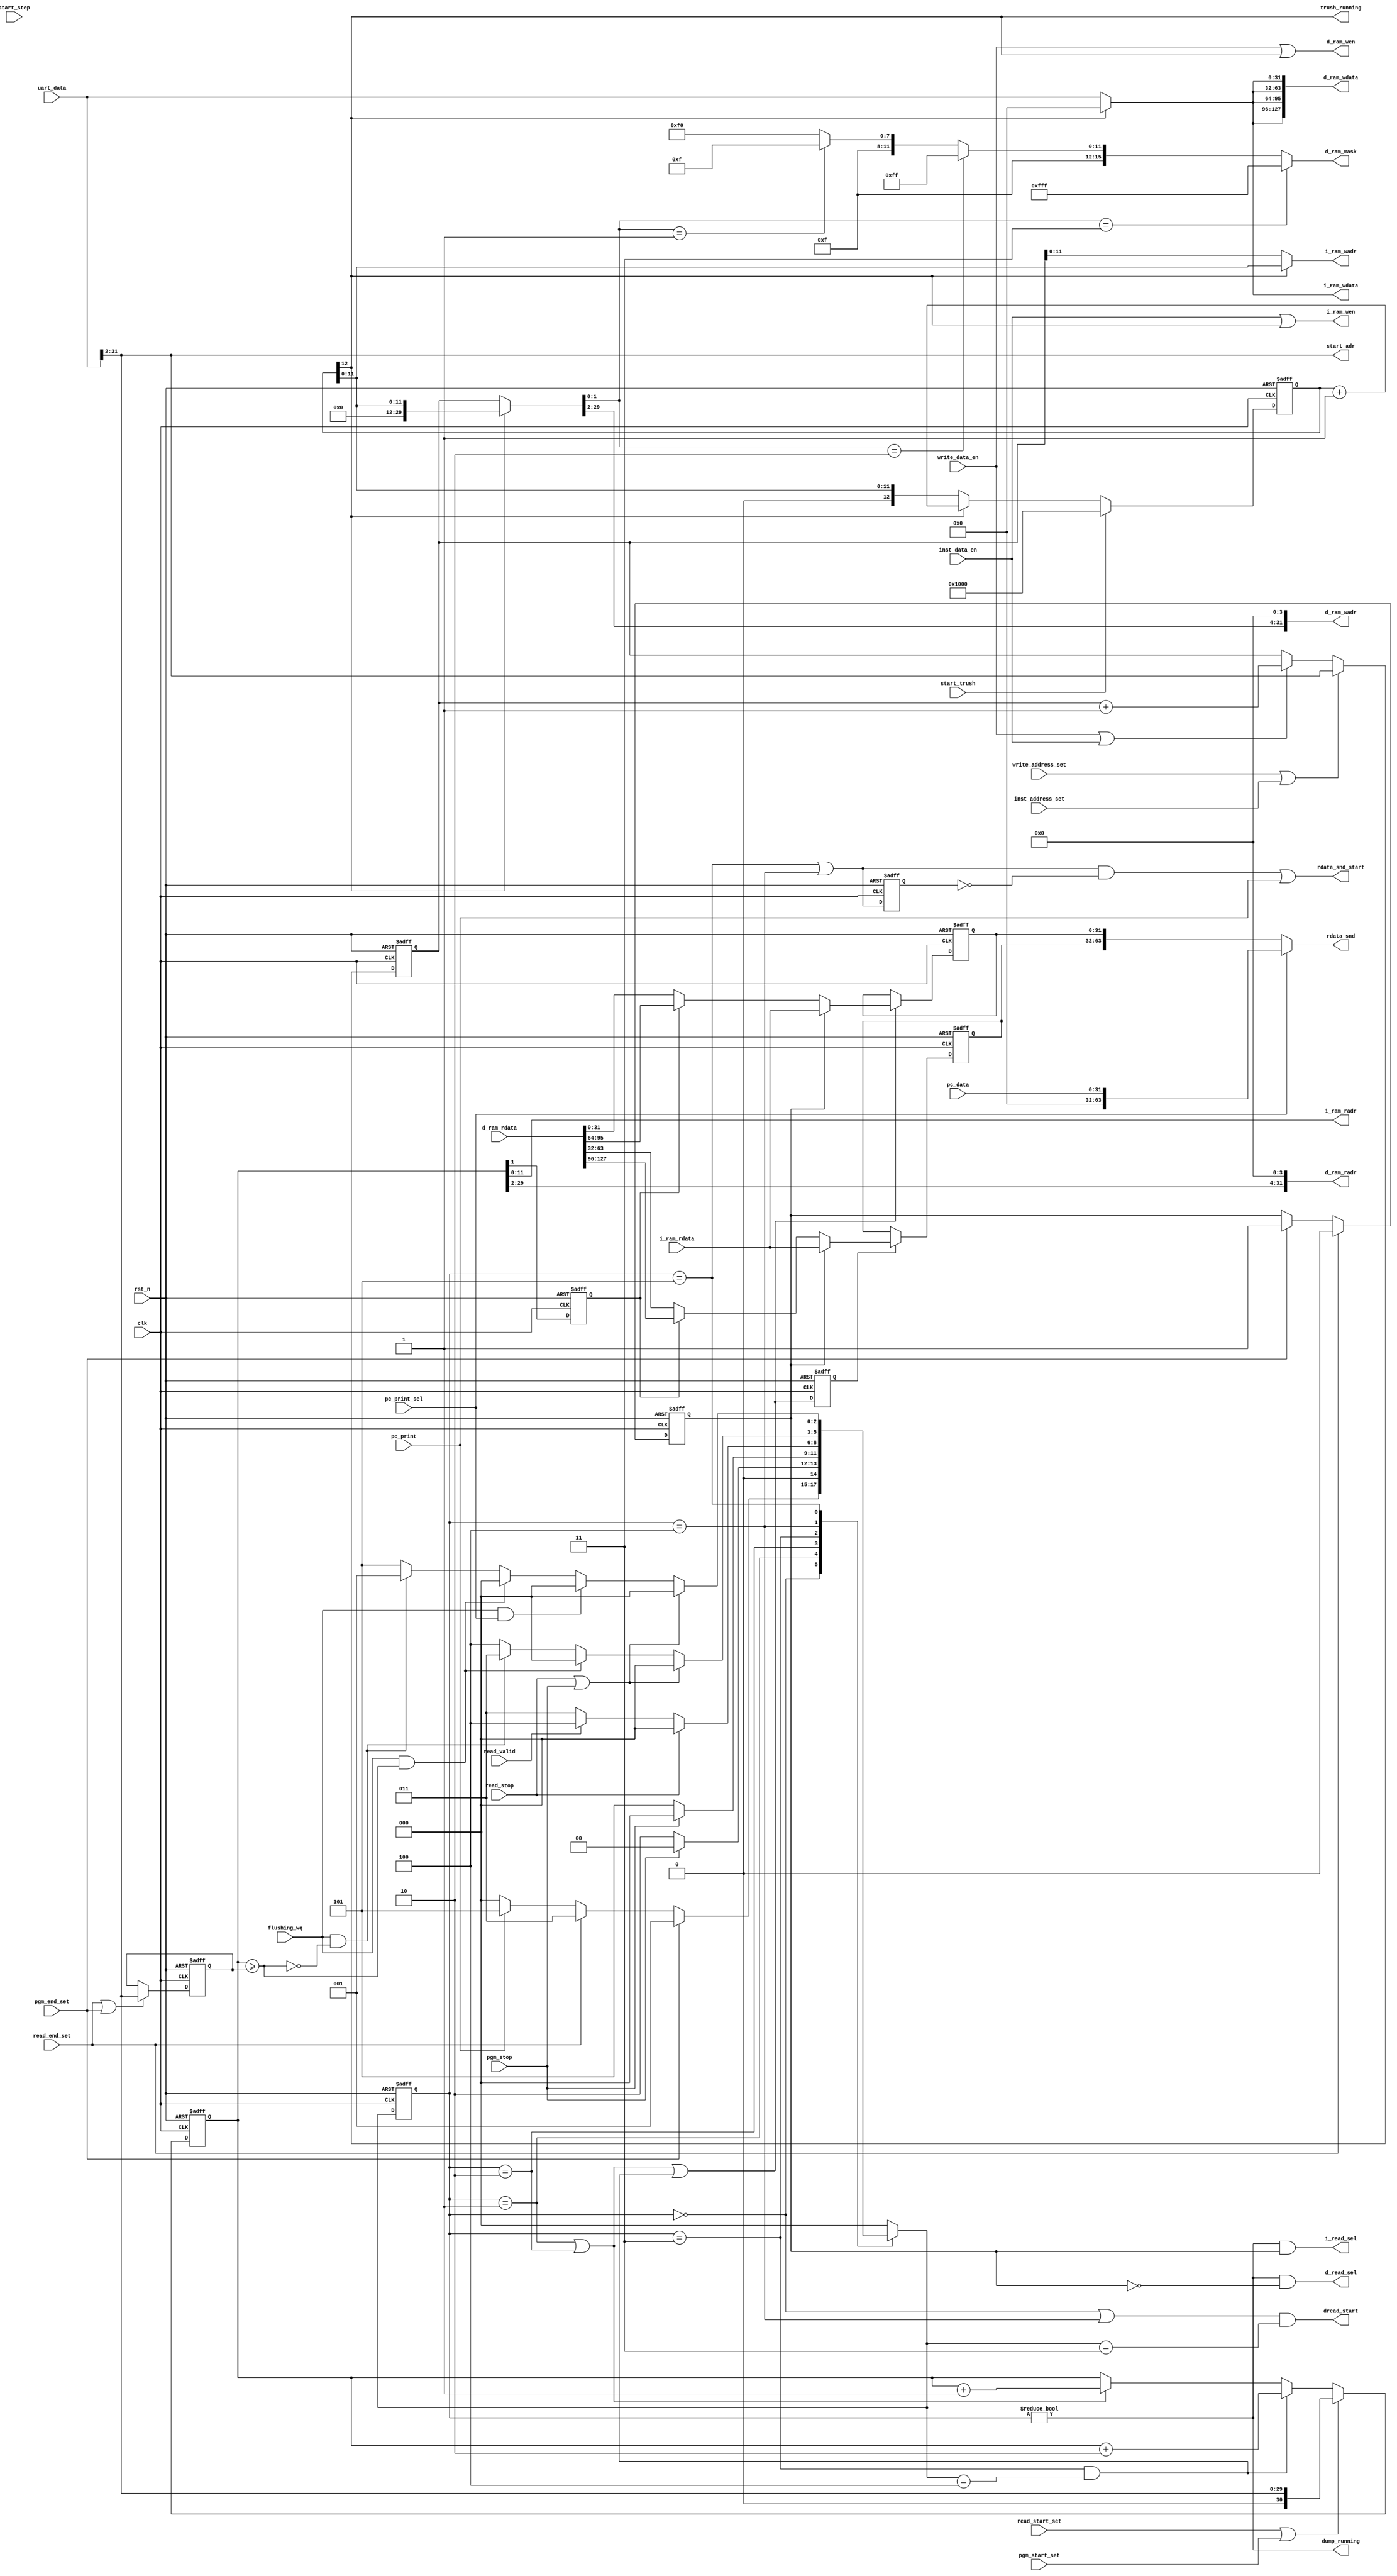
/*
 * My RISC-V RV32I CPU
 *   UART Monitor Logic Module
 *    Verilog code
 * @auther		Yoshiki Kurokawa <yoshiki.k963@gmail.com>
 * @copylight	2021 Yoshiki Kurokawa
 * @license		https://opensource.org/licenses/MIT     MIT license
 * @version		0.1
 */

module uart_logics
	#(parameter DWIDTH = 12)
	(
	input clk,
	input rst_n,
	output [13:2] i_ram_radr,
	input [31:0] i_ram_rdata,
	output [13:2] i_ram_wadr,
	output [31:0] i_ram_wdata,
	output i_ram_wen,
	output i_read_sel,
	output [31:0] d_ram_radr,
	output dread_start,
	input [127:0] d_ram_rdata,
	input read_valid,
	output [31:0] d_ram_wadr,
	output [127:0] d_ram_wdata,
	output [15:0] d_ram_mask,
	output d_ram_wen,
	output d_read_sel,
	// from controller
	input [31:0] uart_data,
	//input cpu_start,
	output [31:2] start_adr,
	//input quit_cmd,
	input write_address_set,
	input write_data_en,
	input read_start_set,
	input read_end_set,
	input read_stop,
	output rdata_snd_start,
	output [63:0] rdata_snd,
	input flushing_wq,
	output dump_running,
	input start_trush,
	output trush_running,
	input start_step,
	input pgm_start_set,
	input pgm_end_set,
	input pgm_stop,
	input inst_address_set,
	input pc_print,
	input pc_print_sel,
	input [31:0] pc_data,
	input inst_data_en

	);


// CPU running state
assign start_adr = uart_data[31:2];

/*
reg cpu_run_state;
reg step_reserve;
reg cupst_snd_wait;

always @ (posedge clk or negedge rst_n) begin
	if (~rst_n)
		cpu_run_state <= 1'b0;
	else if (quit_cmd)
		cpu_run_state <= 1'b0;	
	else if (cpu_start)
		cpu_run_state <= 1'b1;
end

assign cpu_running = cpu_run_state; //& ~(rdata_snd_wait | cupst_snd_wait);

wire step_idle_nodump = s00_idle & ~dump_cpu;
wire step_start_cond = step_idle_nodump & ~(rdata_snd_wait | cupst_snd_wait);

always @ (posedge clk or negedge rst_n) begin
	if (~rst_n)
		step_reserve <= 1'b0;
	else if (step_start_cond)
		step_reserve <= 1'b0;	
	else if (~step_idle_nodump & start_step)
		step_reserve <= 1'b1;
end

wire step_run = step_start_cond & (step_reserve | start_step);
// sequencer start signal
assign run = cpu_running | step_run;
*/

// iram write address 
reg [31:2] cmd_wadr_cntr;
wire [DWIDTH+1:2] trush_adr;
wire [31:2] d_ram_wadr_all;

always @ (posedge clk or negedge rst_n) begin
	if (~rst_n)
		cmd_wadr_cntr <= 30'd0;
	else if (write_address_set | inst_address_set)
		cmd_wadr_cntr <= uart_data[31:2];
	else if (write_data_en | inst_data_en)
		cmd_wadr_cntr <= cmd_wadr_cntr + 30'd1;
end

assign i_ram_wadr = trush_running ? trush_adr[13:2] : cmd_wadr_cntr[13:2];
assign i_ram_wdata = trush_running ? 32'd0 : uart_data;
assign i_ram_wen = inst_data_en | trush_running;
assign d_ram_wadr_all =  trush_running ? { { 30-DWIDTH{ 1'b0}}, trush_adr} : cmd_wadr_cntr[31:2];
assign d_ram_wdata = { i_ram_wdata, i_ram_wdata, i_ram_wdata, i_ram_wdata };
assign d_ram_wen = write_data_en | trush_running;
assign d_ram_wadr = { d_ram_wadr_all[31:4], 4'd0} ;
// zantei : need to resolve
assign d_ram_mask = (d_ram_wadr_all[3:2] == 2'd3) ? 16'h0fff :
                    (d_ram_wadr_all[3:2] == 2'd2) ? 16'hf0ff :
                    (d_ram_wadr_all[3:2] == 2'd1) ? 16'hff0f : 16'hfff0;

// i/d ram read address
reg [31:2] cmd_read_end;
reg [32:2] cmd_read_adr;
reg dread_dsel;

wire dump_end;
wire radr_cntup;
wire dradr_cntup;

always @ (posedge clk or negedge rst_n) begin
	if (~rst_n)
		cmd_read_adr <= 31'd0;
	else if (read_start_set | pgm_start_set)
		cmd_read_adr <= { 1'b0, uart_data[31:2] };
	else if (dradr_cntup)
		cmd_read_adr <= cmd_read_adr + 31'd2;
	else if (radr_cntup)
		cmd_read_adr <= cmd_read_adr + 31'd1;
end

always @ (posedge clk or negedge rst_n) begin
	if (~rst_n)
		dread_dsel <= 1'b0;
	else
		dread_dsel <= cmd_read_adr[3];
end

always @ (posedge clk or negedge rst_n) begin
	if (~rst_n)
		cmd_read_end <= 31'd0;
	else if (read_end_set | pgm_end_set)
		cmd_read_end <= uart_data[31:2];
end

assign dump_end =(cmd_read_adr >= {1'b0, cmd_read_end});

assign i_ram_radr = cmd_read_adr[13:2];
assign d_ram_radr = {cmd_read_adr[31:4], 4'd0};


`define D_IDLE 3'd0
`define D_RED1 3'd1
`define D_RED2 3'd2
`define D_DRWT 3'd3
`define D_DRDF 3'd4
`define D_WAIT 3'd5
reg [2:0] status_dump;
wire [2:0] next_status_dump;

/*
reg i_ram_ofs;

always @ (posedge clk or negedge rst_n) begin
	if (~rst_n)
		i_ram_ofs <= 1'b0;
	else if (status_dump == `D_RED2)
		i_ram_ofs <= ~i_ram_ofs;
end

wire i_ram_ofs_end = (i_ram_ofs == 1'b1);
*/

function [2:0] dump_status;
input [2:0] status_dump;
input read_end_set;
input pgm_end_set;
input read_stop;
input pgm_stop;
input flushing_wq;
input dump_end;
input pc_print;
input pc_print_sel;
input read_valid;
begin
	case(status_dump)
		`D_IDLE :
			if (pgm_end_set)
				dump_status = `D_RED1;
			else if (read_end_set)
				dump_status = `D_DRWT;
			else if (pc_print)
				dump_status = `D_WAIT;
			else
				dump_status = `D_IDLE;
		`D_RED1 :
			if (pgm_stop)
				dump_status = `D_IDLE;
			else
				dump_status = `D_RED2;
		`D_RED2 :
			if (pgm_stop)
				dump_status = `D_IDLE;
			else
				dump_status = `D_WAIT;
		`D_DRWT :
			if (read_stop)
				dump_status = `D_IDLE;
			else if (read_valid)
				dump_status = `D_DRDF;
			else
				dump_status = `D_DRWT;
		`D_DRDF :
			if (read_stop | pgm_stop)
				dump_status = `D_IDLE;
			else if (flushing_wq & dump_end)
				dump_status = `D_IDLE;
			else if (flushing_wq & ~dump_end)
				dump_status = `D_DRWT;
			else
				dump_status = `D_DRDF;
		`D_WAIT :
			if (read_stop | pgm_stop)
				dump_status = `D_IDLE;
			else if (flushing_wq & pc_print_sel)
				dump_status = `D_IDLE;
			else if (flushing_wq & dump_end)
				dump_status = `D_IDLE;
			else if (flushing_wq & ~dump_end)
				dump_status = `D_RED1;
			else
				dump_status = `D_WAIT;
		default : dump_status = `D_IDLE;
	endcase
end
endfunction

assign next_status_dump = dump_status(
							status_dump,
							read_end_set,
							pgm_end_set,
							read_stop,
							pgm_stop,
							flushing_wq,
							dump_end,
							pc_print,
							pc_print_sel,
						    read_valid
							);

always @ (posedge clk or negedge rst_n) begin
	if (~rst_n)
		status_dump <= 3'd0;
	else
		status_dump <= next_status_dump;
end

assign radr_cntup = (status_dump == `D_RED1)|(status_dump == `D_RED2);
assign dradr_cntup = (status_dump == `D_DRWT)&(next_status_dump == `D_DRDF);
assign dread_start = ((status_dump == `D_IDLE)|(status_dump == `D_DRDF))&(next_status_dump == `D_DRWT);
assign dump_running = (status_dump != `D_IDLE);
wire rdata_snd_wait = (status_dump == `D_WAIT)|(status_dump == `D_DRDF);

reg i_ram_sel;

always @ (posedge clk or negedge rst_n) begin
	if (~rst_n)
		i_ram_sel <= 1'b0;
	else if ( read_end_set )
		i_ram_sel <= 1'b0;
	else if ( pgm_end_set )
		i_ram_sel <= 1'b1;
end

wire en0_data = radr_cntup | dradr_cntup;


//wire en1_data = radr_cntup & (i_ram_ofs == 3'd2);
//wire en2_data = radr_cntup & (i_ram_ofs == 3'd3);

assign i_read_sel = dump_running &  i_ram_sel;
assign d_read_sel = dump_running & ~i_ram_sel;

reg en1_data;

always @ (posedge clk or negedge rst_n) begin
	if (~rst_n)
		en1_data <= 1'b0;
	else
		en1_data <= en0_data;
end

reg [31:0] data_0;
reg [31:0] data_1;
//reg [7:0] data_2;
//reg [7:0] data_3;

always @ (posedge clk or negedge rst_n) begin
	if (~rst_n)
		data_0 <= 32'd0;
	else if (en0_data)
		data_0 <= i_ram_sel ? i_ram_rdata : dread_dsel ? d_ram_rdata[95:64] : d_ram_rdata[31:0];
end

always @ (posedge clk or negedge rst_n) begin
	if (~rst_n)
		data_1 <= 32'd0;
	else if (en1_data)
		data_1 <= i_ram_sel ? i_ram_rdata : dread_dsel ? d_ram_rdata[127:96] : d_ram_rdata[63:32];
end

/*
always @ (posedge clk or negedge rst_n) begin
	if (~rst_n)
		data_2 <= 8'd0;
	else if (en2_data)
		data_2 <= i_ram_sel ? i_ram_rdata : d_ram_rdata;
end

always @ (posedge clk or negedge rst_n) begin
	if (~rst_n)
		data_3 <= 8'd0;
	else if (en3_data)
		data_3 <= i_ram_sel ? i_ram_rdata : d_ram_rdata;
end
*/

assign rdata_snd = pc_print_sel ? { 32'd0, pc_data} : { data_1, data_0 };

// trashing memory data
reg [DWIDTH+2:2] trash_cntr;

always @ (posedge clk or negedge rst_n) begin
	if (~rst_n)
		trash_cntr <= { DWIDTH+1{ 1'b0 }};
	else if (start_trush)
		trash_cntr <= { 1'b1, { DWIDTH{ 1'b0 }}};
	else if (trash_cntr[DWIDTH+2])
		trash_cntr <= trash_cntr + 1;
end

assign trush_adr = trash_cntr[DWIDTH+1:2];
assign trush_running = trash_cntr[DWIDTH+2];


// send CPU status to UART i/f
/*
always @ (posedge clk or negedge rst_n) begin
	if (~rst_n)
		cupst_snd_wait <= 1'b0;
	else if (flushing_wq)
		cupst_snd_wait <= 1'b0;
	else if (s04_wtbk)
		cupst_snd_wait <= 1'b1;
end

reg cpust_snd_wait_dly;

always @ (posedge clk or negedge rst_n) begin
	if (~rst_n)
		cpust_snd_wait_dly <= 1'b0;
	else
		cpust_snd_wait_dly <= cupst_snd_wait;
end

assign cpust_start = cupst_snd_wait & ~cpust_snd_wait_dly;
*/

reg rdata_snd_wait_dly;

always @ (posedge clk or negedge rst_n) begin
	if (~rst_n)
		rdata_snd_wait_dly <= 1'b0;
	else
		rdata_snd_wait_dly <= rdata_snd_wait;
end

assign rdata_snd_start = (rdata_snd_wait & ~rdata_snd_wait_dly) | pc_print;


endmodule